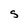
Character: S